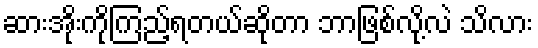
ဆားအိုးကိုကြည့်ရတယ်ဆိုတာ ဘာဖြစ်လို့လဲ သိလား